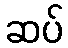
ဆပ်